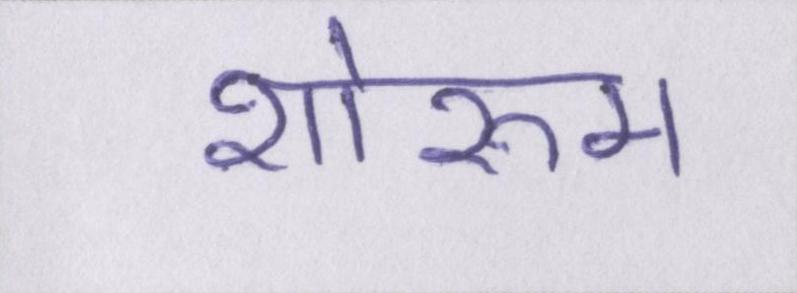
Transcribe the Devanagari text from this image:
शोरूम